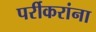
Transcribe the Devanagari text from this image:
पर्रीकरांना